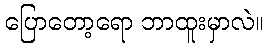
ပြောတော့ရော ဘာထူးမှာလဲ။